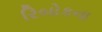
રિબોકના